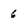
Character: 6